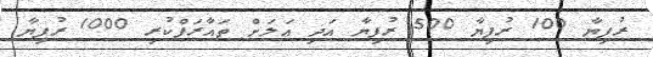
ރުފިޔާ 100 ރުފިޔާ 500 ރުފިޔާ އަދި އަލަށް ތައާރަފްކުރި 1000 ރުފިޔާ